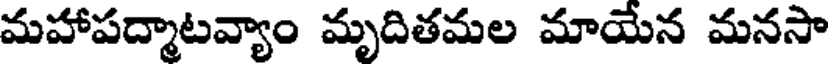
మహాపద్మాటవ్యాం మృదితమల మాయేన మనసా